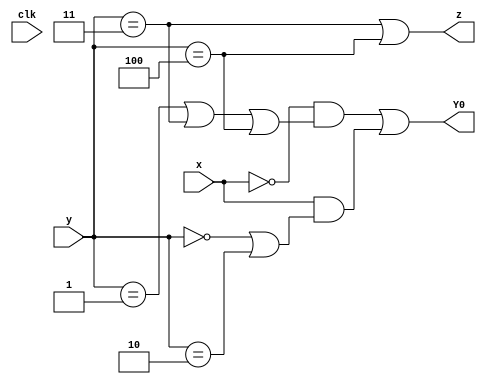
module top_module (
    input clk,
    input [2:0] y,
    input x,
    output Y0,
    output z
);
    parameter A=3'b000, B=3'b001, C=3'b010, D=3'b011, E=3'b100;
    assign z = y==3'b011 | y==3'b100;
    assign Y0 = ~x&(y==3'b001|y==3'b011|y==3'b100) | x&(y==3'b000|y==3'b010);
endmodule